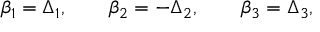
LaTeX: \beta _ { 1 } = \Delta _ { 1 } , \qquad \beta _ { 2 } = - \Delta _ { 2 } , \qquad \beta _ { 3 } = \Delta _ { 3 } ,